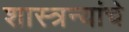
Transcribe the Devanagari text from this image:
शास्त्रन्यांचे